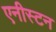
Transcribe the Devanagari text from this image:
एनीस्टन